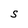
Character: S